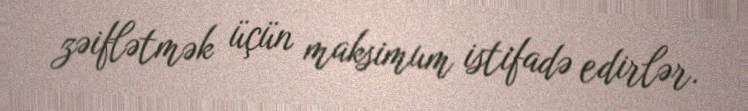
zəiflətmək üçün maksimum istifadə edirlər.